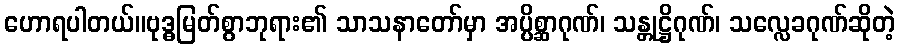
ဟောရပါတယ်။ဗုဒ္ဓမြတ်စွာဘုရား၏ သာသနာတော်မှာ အပ္ပိစ္ဆာဂုဏ်၊ သန္တုဋ္ဌိဂုဏ်၊ သလ္လေခဂုဏ်ဆိုတဲ့